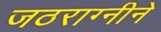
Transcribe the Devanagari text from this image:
जठराग्नीने